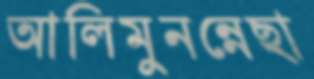
আলিমুনন্নেছা